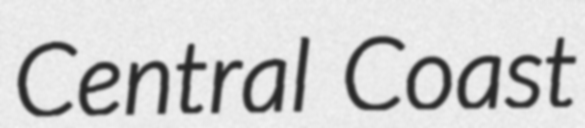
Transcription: Central Coast